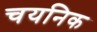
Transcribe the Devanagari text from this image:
चयनिक